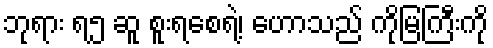
ဘုရား ရ၅ ဆူ စူးရစေရဲ့၊ ဟောသည် ကိုမြကြီးကို